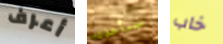
أعرف سنأخذك خاب